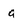
Character: a